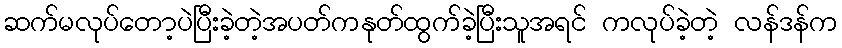
ဆက်မလုပ်တော့ပဲပြီးခဲ့တဲ့အပတ်ကနုတ်ထွက်ခဲ့ပြီးသူအရင် ကလုပ်ခဲ့တဲ့ လန်ဒန်က